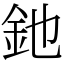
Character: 釶